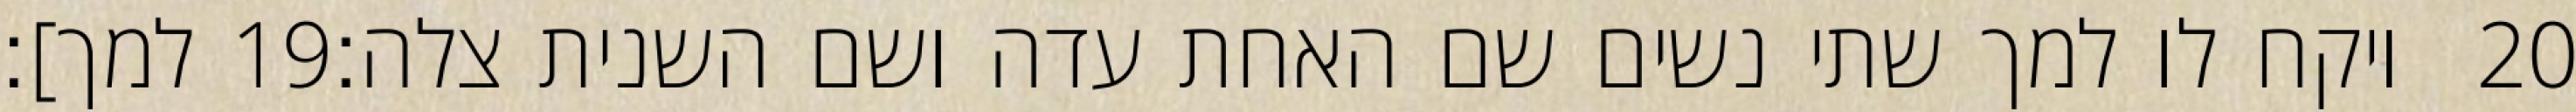
למך]׃ ‎19‏ ויקח לו למך שתי נשים שם האחת עדה ושם השנית צלה׃ ‎20‏